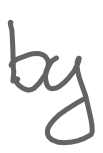
Text: by
Cross-out: clean
Writing tool: digital_gray